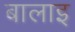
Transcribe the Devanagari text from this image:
बालाइ